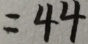
= 4 4